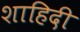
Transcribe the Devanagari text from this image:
शाहिदी